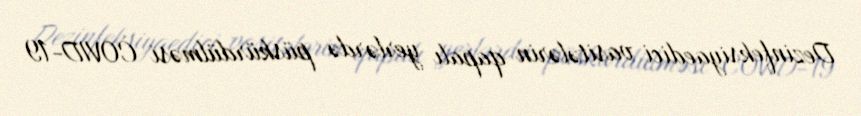
Dezinfeksiyaedici vasitələrin qapalı yerlərdə püskürdülməsi COVID-19